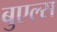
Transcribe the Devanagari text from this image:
बुएल्स